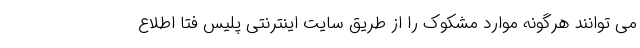
می توانند هرگونه موارد مشکوک را از طریق سایت اینترنتی پلیس فتا اطلاع